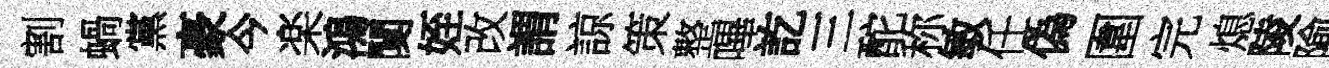
割蝸黨豪今楽鴻闃姪改謂諒策整嗶訖三酡称敏任偽圍完熄陵隃